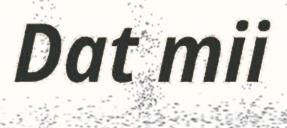
Dat mii